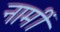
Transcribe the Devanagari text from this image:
नामीं